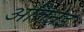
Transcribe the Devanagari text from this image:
अतिन्रइ